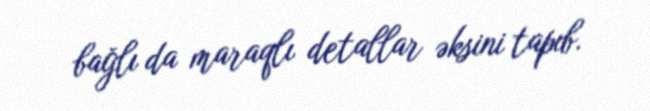
bağlı da maraqlı detallar əksini tapıb.